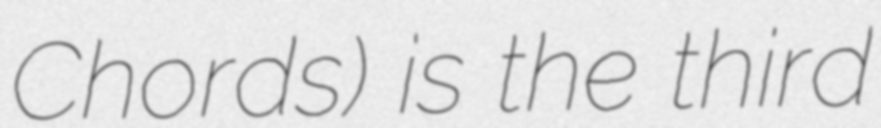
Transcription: Chords) is the third